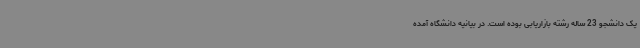
یک دانشجو 23 ساله رشته بازاریابی بوده است. در بیانیه دانشگاه آمده